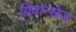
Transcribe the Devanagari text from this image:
ग्रिवान्सेज